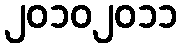
၂၀၁၀၂၀၁၁